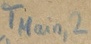
Text: TMain,2